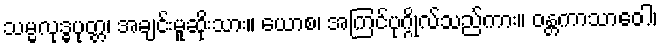
သမ္မလုဒ္ဓပုတ္တ၊ အချင်းမူဆိုးသား။ ယောစ၊ အကြင်ပုဂ္ဂိုလ်သည်ကား။ ဝန္တကာသာဝေါ၊